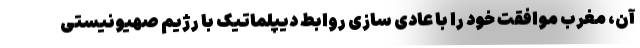
آن، مغرب موافقت خود را با عادی سازی روابط دیپلماتیک با رژیم صهیونیستی